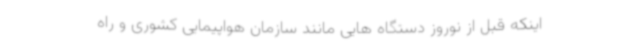
اینکه قبل از نوروز دستگاه هایی مانند سازمان هواپیمایی کشوری و راه